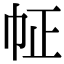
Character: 𢁿